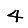
Digit: 4